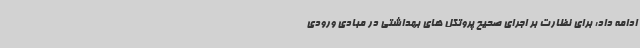
ادامه داد: برای نظارت بر اجرای صحیح پروتکل های بهداشتی در مبادی ورودی